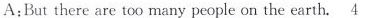
A:But there are too many people on the earth. \underline{4}